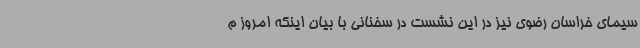
سیمای خراسان رضوی نیز در این نشست در سخنانی با بیان اینکه امروز م